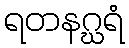
ရတနဂ္ဃရံ